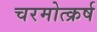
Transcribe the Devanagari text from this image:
चरमोत्क्रर्ष